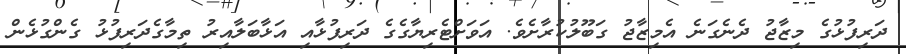
ދަރިފުޅުގެ މިޒާޖު ދެނެގަނެ އެމިޒާޖު ގަބޫލުކުރާށެވެ. އަވަށްޓެރިޔާގެގެ ދަރިފުޅާއި އަޅާބަލާއިރު ތިމާގެދަރިފުޅު ގެންގުޅެން